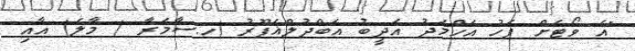
"އެ ވޯޓަށް ފަހު އަހްމަދު އަދީބު އަބްދުލްޣަފޫރު (ހ.ސާމަރާ / މާލެ) އާއި